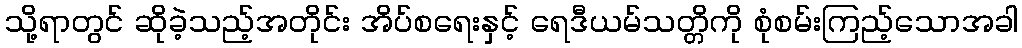
သို့ရာတွင် ဆိုခဲ့သည့်အတိုင်း အိပ်စရေးနှင့် ရေဒီယမ်သတ္တိကို စုံစမ်းကြည့်သောအခါ